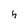
Character: h